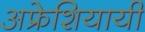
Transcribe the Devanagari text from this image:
अफ्रेशियायी